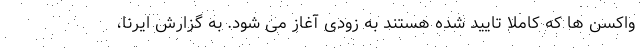
واکسن ها که کاملا تایید شده هستند به زودی آغاز می شود. به گزارش ایرنا،